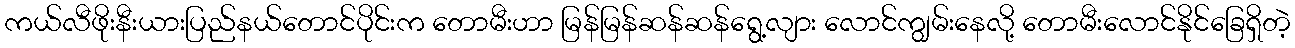
ကယ်လီဖိုးနီးယားပြည်နယ်တောင်ပိုင်းက တောမီးဟာ မြန်မြန်ဆန်ဆန်ရွေ့လျား လောင်ကျွမ်းနေလို့ တောမီးလောင်နိုင်ခြေရှိတဲ့